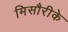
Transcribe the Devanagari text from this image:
मिसौरीके